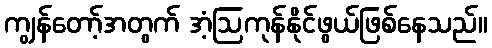
ကျွန်တော့်အတွက် အံ့ဩကုန်နိုင်ဖွယ်ဖြစ်နေသည်။